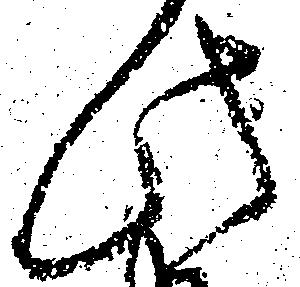
此